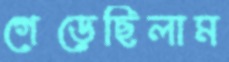
গেড়েছিলাম